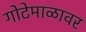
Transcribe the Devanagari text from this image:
गोटेमाळावर